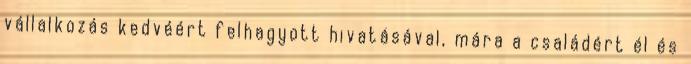
vállalkozás kedvéért felhagyott hivatásával, mára a családért él és